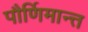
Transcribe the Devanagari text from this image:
पौर्णिमान्त्त